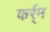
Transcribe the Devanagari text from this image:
कर्र्म